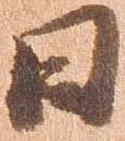
日